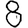
Digit: 8